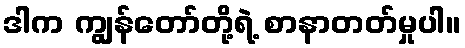
ဒါက ကျွန်တော်တို့ရဲ့ စာနာတတ်မှုပါ။